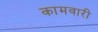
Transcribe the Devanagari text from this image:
कामवारी